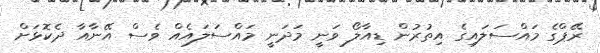
ރޭޕްގެ މައްސަލައިގެ އިތުރުން ޑިއާލޯ ވަނީ މަދަނީ މައްސަލައެއް ވެސް އޭނާއާ ދެކޮޅަށް